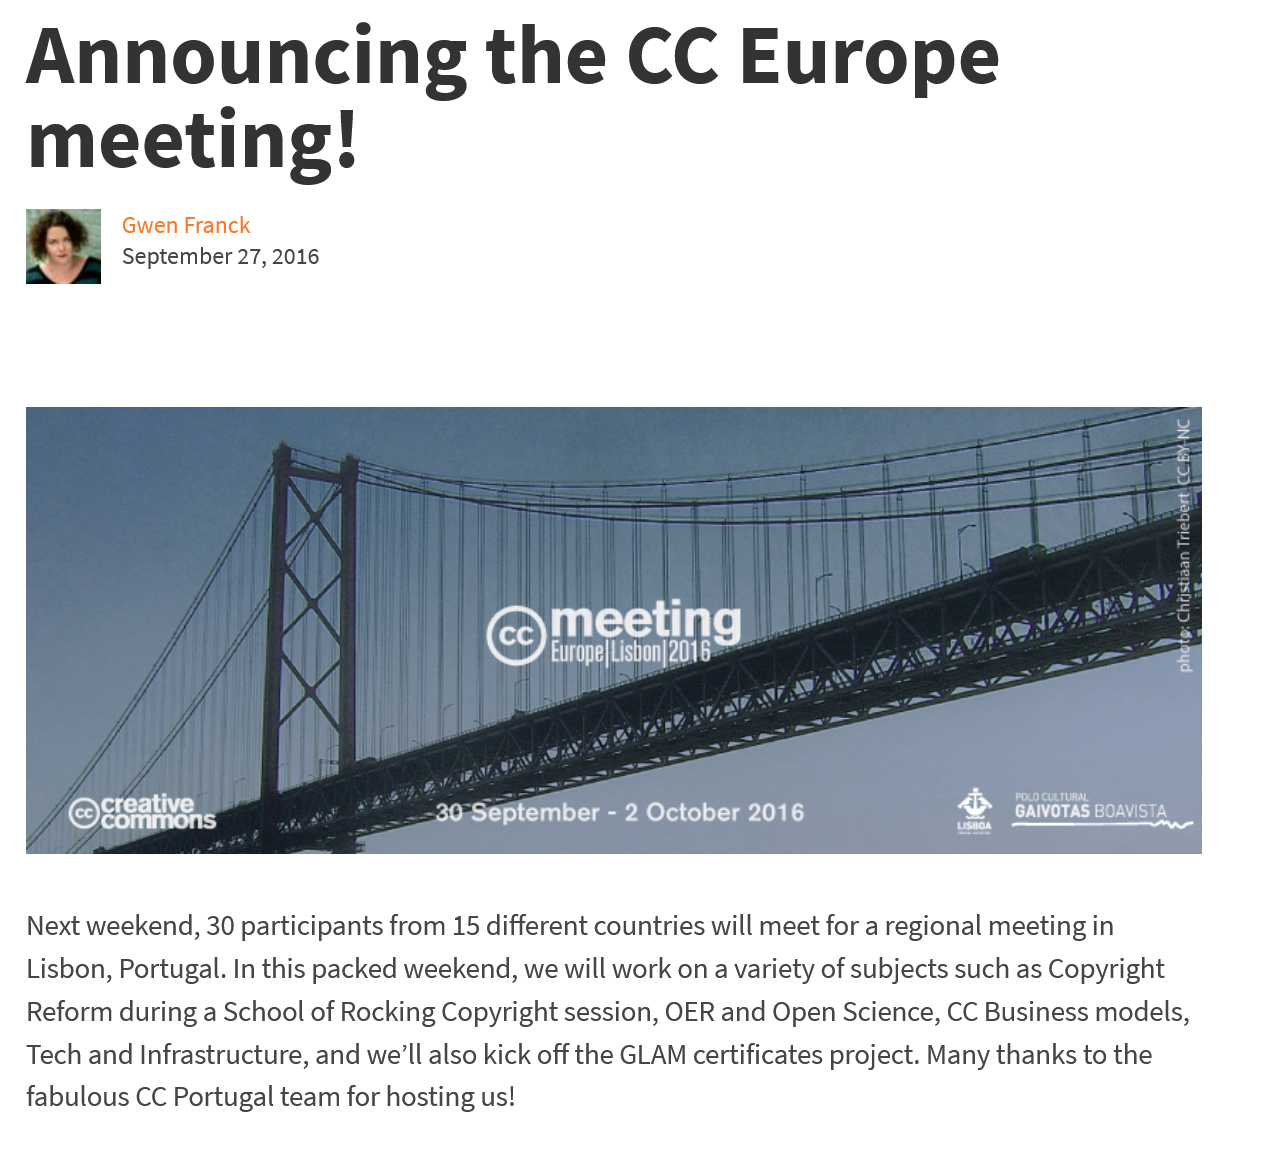
Announcing    the    CC    Europe
   meeting!
     Gwen Franck
     September 27, 2016
   Next weekend, 30 participants from 15 different countries will meet for a regional meeting in
   Lisbon, Portugal. In this packed weekend, we will work on a variety of subjects such as Copyright
   Reform during a School of Rocking Copyright session, OER and Open Science, CC Business models,
  Tech and Infrastructure, and we'll also kick off the GLAM certificates project. Many thanks to the
  fabulous CC Portugal team for hosting us!